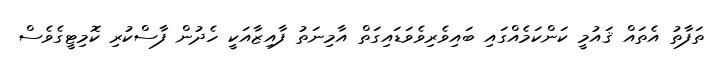
ތަފާތު އެތައް ޤައުމީ ކަންކަމެއްގައި ބައިވެރިވެވަޑައިގަތް އާމިނަތު ފާއިޒާއަކީ ހެދުން ފާސްކުރި ކޮމިޓީގެވެސް